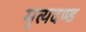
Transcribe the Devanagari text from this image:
मृत्यदण्ड